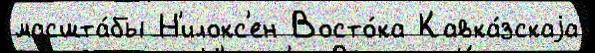
масшта́бы Н'илокс'ен Восто́ка Кавка́зскаjа